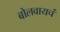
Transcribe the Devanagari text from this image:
बोलवायचं